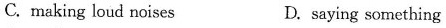
C.making loud noises D.saying something